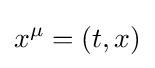
x^{\mu }=(t,x)